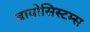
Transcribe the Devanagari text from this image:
बायोसिस्टम्स